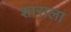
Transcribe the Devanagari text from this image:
शाराला